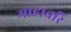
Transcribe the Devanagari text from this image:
माहावरि